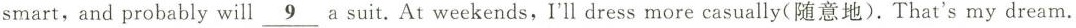
smart,and probably will\underline{ 9}a sut. At weekends,I'll dress more casually(随意地).That's my dream.